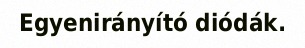
Egyenirányító diódák.